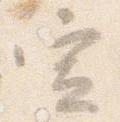
宣